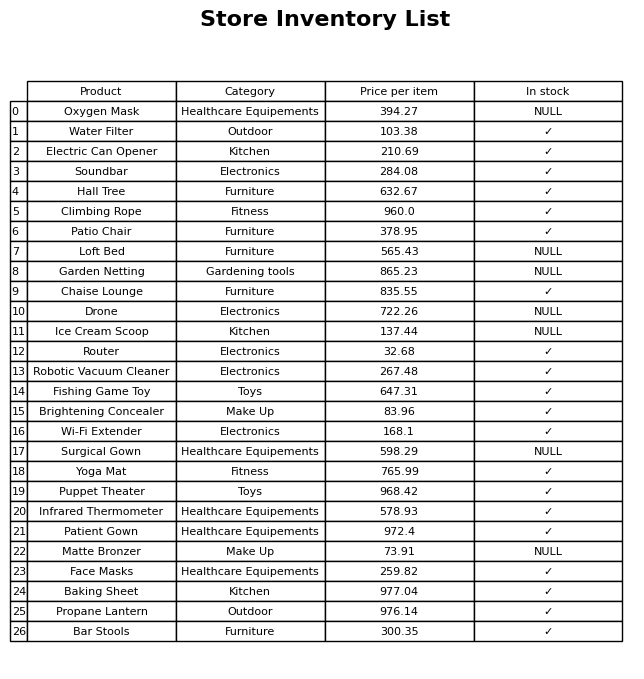
question: Which products are currently out of stock?
answer: Oxygen Mask, Loft Bed, Garden Netting, Drone, Ice Cream Scoop, Surgical Gown, Matte Bronzer